Vaccination in the Punjab 1905-1918 - 1905-1918
Year: 1905
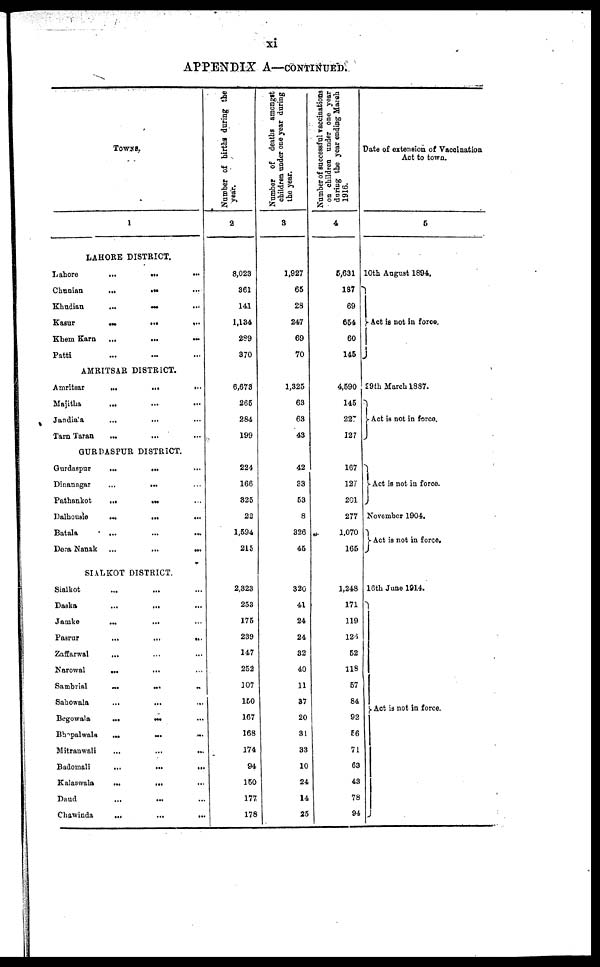
xi
APPENDIX A—CONTINUED.
TOWNS.
1
LAHORE DISTRICT.
Lahore
...
...
...
Chunian
...
...
...
Khudian
...
... ...
Kasur
...
...
...
Khem Karn
...
...
...
Patti ... ... ...
AMRITSAR DISTRICT.
Amritsar
...
...
...
Majitha
...
...
...
Jandiala
... ... ...
Tarn Taran ... ... ...
GURDASPUR DISTRICT.
Gurdaspur
...
... ...
Dinanagar
...
... ...
Pathankot
...
...
...
Dalhousie
...
... ...
Batala ... ... ...
Dera Nanak
...
...
...
SIALKOT DISTRICT
Sialkot ... ... ...
Daska
...
... ...
Jamke
...
... ...
Pasrur
...
...
...
Zaffarwal ... ... ...
Narowal
... ... ...
Sambrial
... ... ...
Sahowala
...
...
...
Begowala
...
... ...
Bhopalwala ... ... ...
Mitranwali
...
...
...
Badomali
...
...
...
Kalaswala
...
... ...
Daud ... ... ...
Chawinda
...
...
...
Number of births during the
year.
2
8,023
361
141
1,134
289
370
6,678
265
284
199
224
166
325
22
1,594
215
2,323
253
175
239
147
252
107
150
167
168
174
94
150
177
178
Number of deaths amongst
children under one year during
the year.
3
1,927
65
28
247
69
70
1,325
63
63
43
42
33
53
8
326
45
320
41
24
24
32
40
11
37
20
31
33
10
24
14
25
Number of successful vaccinations
on children under one year
during the year ending March
1916.
4
5,631
187
69
654
60
145
4,590
145
22
127
167
127
201
277
1,070
165
1,248
171
119
128
52
118
57
84
92
56
71
63
43
78
94
Date of extension of Vaccination
Act to town.
5
10th August 1894.
Act is not in force.
29th March 1887.
Act is not in force.
Act is not in force.
November 1904.
Act is not in force.
16th June 1914.
Act is not in force.